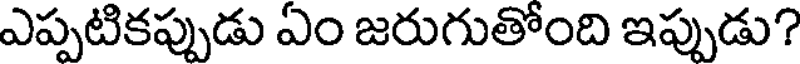
ఎప్పటికప్పుడు ఏం జరుగుతోంది ఇప్పుడు?